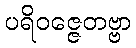
ပရိဝဇ္ဇေတဗ္ဗာ